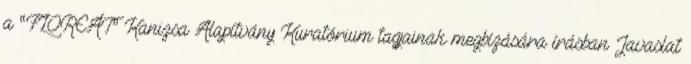
a “FLOREÁT” Kanizsa Alapítvány Kuratórium tagjainak megbízására írásban Javaslat